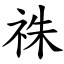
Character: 祩